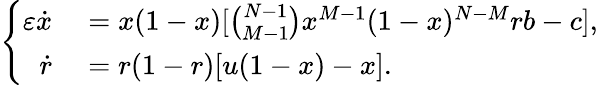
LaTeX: \left\{ \begin{array}{rl}{\varepsilon\dot{x}}&{{}=x(1-x)[\binom{N-1}{M-1}x^{M-1}(1-x)^{N-M}rb-c],}\\ {\dot{r}}&{{}=r(1-r)[u(1-x)-x].}\end{array}\right.